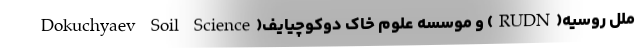
ملل روسیه(RUDN) و موسسه علوم خاک دوکوچیایف(Dokuchyaev Soil Science